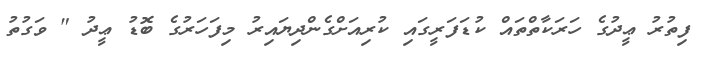
ފިތުރު ޢީދުގެ ހަރަކާތްތައް ކުޑަފަރީގައި ކުރިއަށްގެންދިޔައިރު މިފަހަރުގެ ބޮޑު ޢީދު " ވަގުތު